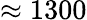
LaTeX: \approx 1300